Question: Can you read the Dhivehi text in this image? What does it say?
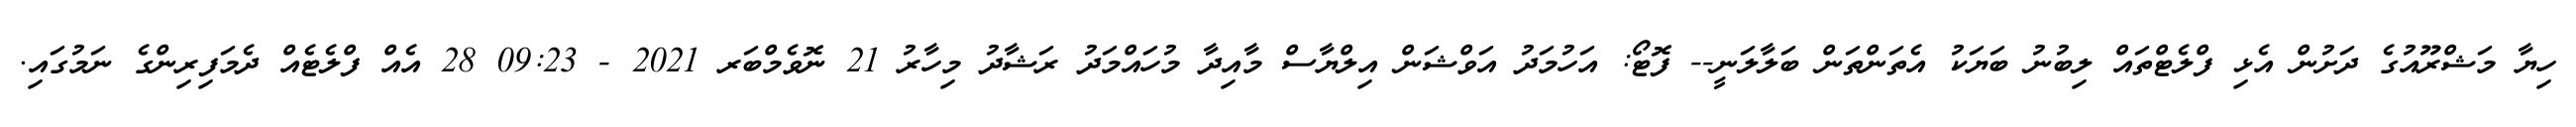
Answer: ހިޔާ މަޝްރޫއުގެ ދަށުން އެޅި ފްލެޓްތައް ލިބުނު ބަޔަކު އެތަންތަން ބަލާލަނީ-- ފޮޓޯ: އަހުމަދު އަވްޝަން އިލްޔާސް މާއިދާ މުހައްމަދު ރަޝާދު މިހާރު 21 ނޮވެމްބަރ 2021 - 09:23 28 އެއް ފްލެޓެއް ދެމަފިރިންގެ ނަމުގައި.